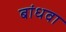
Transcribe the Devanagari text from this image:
बांधवा